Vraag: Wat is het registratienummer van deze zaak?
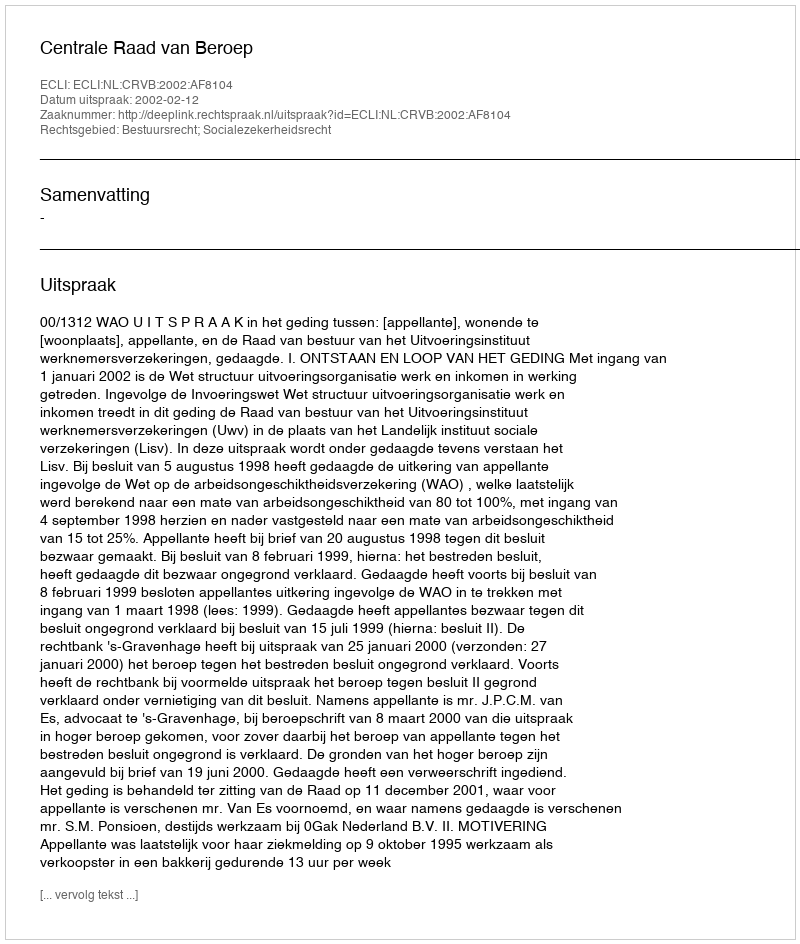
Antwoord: http://deeplink.rechtspraak.nl/uitspraak?id=ECLI:NL:CRVB:2002:AF8104